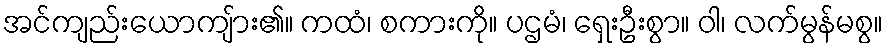
အင်ကျည်းယောကျ်ား၏။ ကထံ၊ စကားကို။ ပဌမံ၊ ရှေးဦးစွာ။ ဝါ၊ လက်မွန်မစွ။